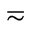
\eqsim